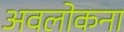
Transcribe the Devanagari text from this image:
अवलोकना